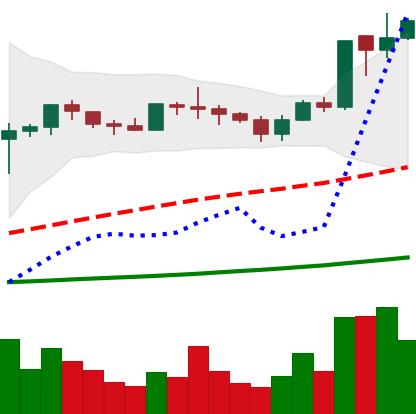
Ticker: ADA-USD
Chart end date: 2020-07-04
Forward return: 24.353%
Label: up_7plus